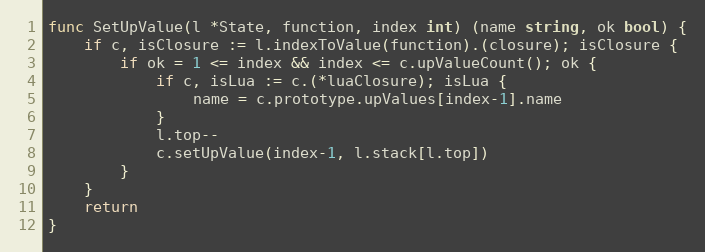
Language: Go
func SetUpValue(l *State, function, index int) (name string, ok bool) {
	if c, isClosure := l.indexToValue(function).(closure); isClosure {
		if ok = 1 <= index && index <= c.upValueCount(); ok {
			if c, isLua := c.(*luaClosure); isLua {
				name = c.prototype.upValues[index-1].name
			}
			l.top--
			c.setUpValue(index-1, l.stack[l.top])
		}
	}
	return
}